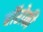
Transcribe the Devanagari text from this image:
बॉरोकी